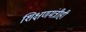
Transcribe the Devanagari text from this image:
शिक्षणमंत्रीही